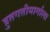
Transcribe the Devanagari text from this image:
द्रुतगतीमार्गाला